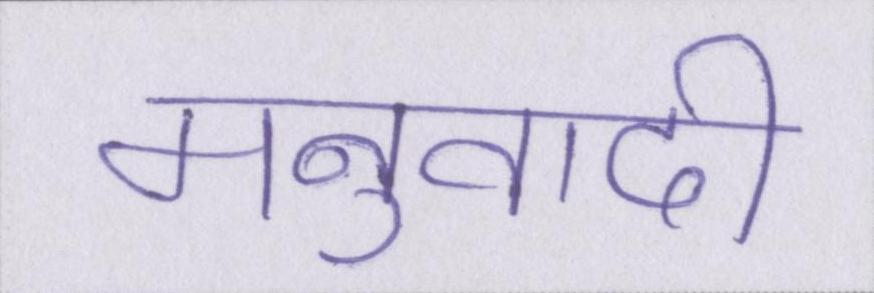
मनुवादी